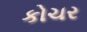
કોચર